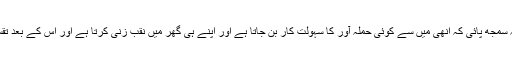
یہ ڈیڑھ ارب کی آبادی آج تک یہ بات نہ سمجھ پائی کہ انھی میں سے کوئی حملہ آور کا سہولت کار بن جاتا ہے اور اپنے ہی گھر میں نقب زنی کرتا ہے اور اس کے بعد تقسیم کی خلیج مزید گہری ہوتی جاتی ہے۔